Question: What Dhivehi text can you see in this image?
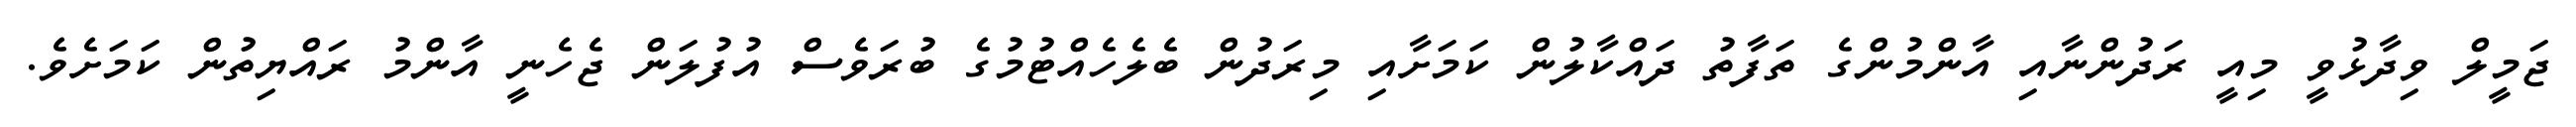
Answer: ޖަމީލް ވިދާޅުވީ މިއީ ރަދުންނާއި އާންމުންގެ ތަފާތު ދައްކާލުން ކަމަށާއި މިރަދުން ބެލެހެއްޓުމުގެ ބުރަވެސް އުފުލަން ޖެހެނީ އާންމު ރައްޔިތުން ކަމަށެވެ.